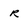
Character: r